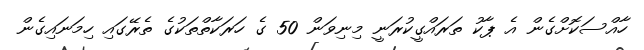
ހާއްސަކޮށްގެން އެ ޕާކު ތަަރައްގީކުރަނީ މިނިވަން 50 ގެ ހަރަކާތްތަކުގެ ތެރޭގައި ހިމަނައިގެން